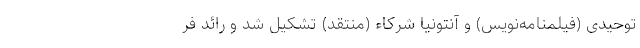
توحیدی (فیلمنامه‌نویس) و آنتونیا شرکاء (منتقد) تشکیل شد و رائد فر